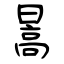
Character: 暠